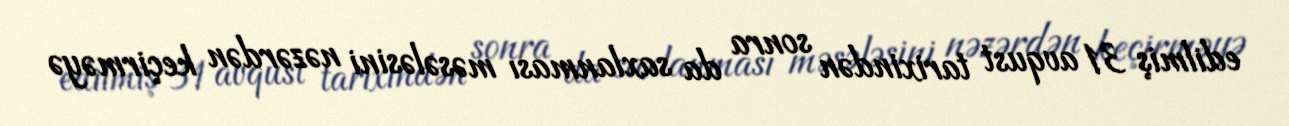
edilmiş 31 avqust tarixindən sonra da saxlanması məsələsini nəzərdən keçirməyə